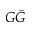
G \bar { G }